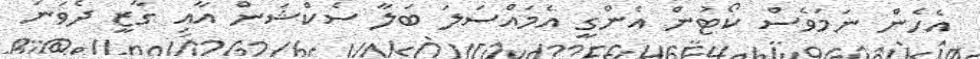
އެހެން ނަމަވެސް ކޯޓުން އެންގީ އެމައްސަލަ ބަލާ ސެކްޝަން އާއި ގާޒީ ދެވަނަ